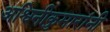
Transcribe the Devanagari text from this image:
अश्विनीकुमारांनी